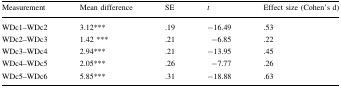
<table><thead><tr><td><b>Measurement</b></td><td><b>Mean difference</b></td><td><b>SE</b></td><td><b><i>t</i></b></td><td><b>Effect size (Cohen’s d)</b></td></tr></thead><tbody><tr><td>WDc1–WDc2</td><td>3.12***</td><td>.19</td><td>−16.49</td><td>.53</td></tr><tr><td>WDc2–WDc3</td><td>1.42 ***</td><td>.21</td><td>−6.85</td><td>.22</td></tr><tr><td>WDc3–WDc4</td><td>2.94***</td><td>.21</td><td>−13.95</td><td>.45</td></tr><tr><td>WDc4–WDc5</td><td>2.05***</td><td>.26</td><td>−7.77</td><td>.26</td></tr><tr><td>WDc5–WDc6</td><td>5.85***</td><td>.31</td><td>−18.88</td><td>.63</td></tr></tbody></table>